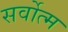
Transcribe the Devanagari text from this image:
सर्वोत्‍म